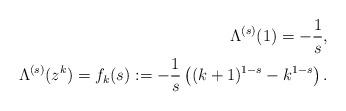
LaTeX: \begin{align*}\Lambda^{(s)}(1)=-\frac{1}{s}, \\ \ \ \Lambda^{(s)}(z^k) = f_k(s): = - \frac{1}{s} \left( (k+1)^{1-s} - k^{1-s}\right).\end{align*}